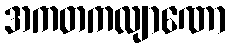
အကတကလျာဏော